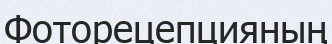
Фоторецепцияның